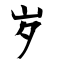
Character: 岁